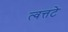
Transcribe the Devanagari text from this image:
त्वत्तटे